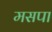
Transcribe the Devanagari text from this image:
मसपा